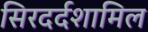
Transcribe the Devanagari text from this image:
सिरदर्दशामिल